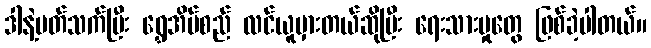
ဒါနဲ့ပတ်သက်ပြီး ရွှေအိမ်စည် လင်ယူမှားတယ်ဆိုပြီး ရေးသားမှုတွေ ဖြစ်ခဲ့ပါတယ်။